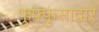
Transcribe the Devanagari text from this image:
फुफ्फुसाद्वारे